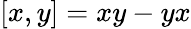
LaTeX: [x,y]=xy-yx